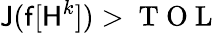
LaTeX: \mathsf{J}(\mathsf{f}[\mathsf{H}^{k}])>\mathrm{~T~O~L~}